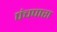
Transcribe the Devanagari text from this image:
पंचपारा